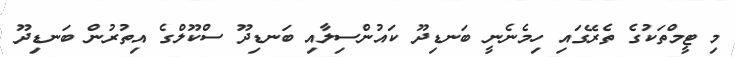
މި ޓީމްތަކުގެ ތެރޭގައި ހިމެނެނީ ބަނޑިދޫ ކައުންސިލާއި ބަނޑިދޫ ސްކޫލްގެ އިތުރުން ބަނޑިދޫ